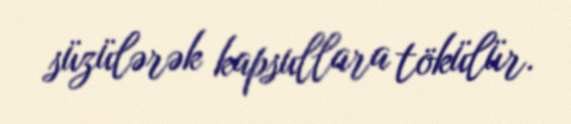
süzülərək kapsullara tökülür.